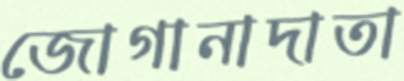
জোগানাদাতা